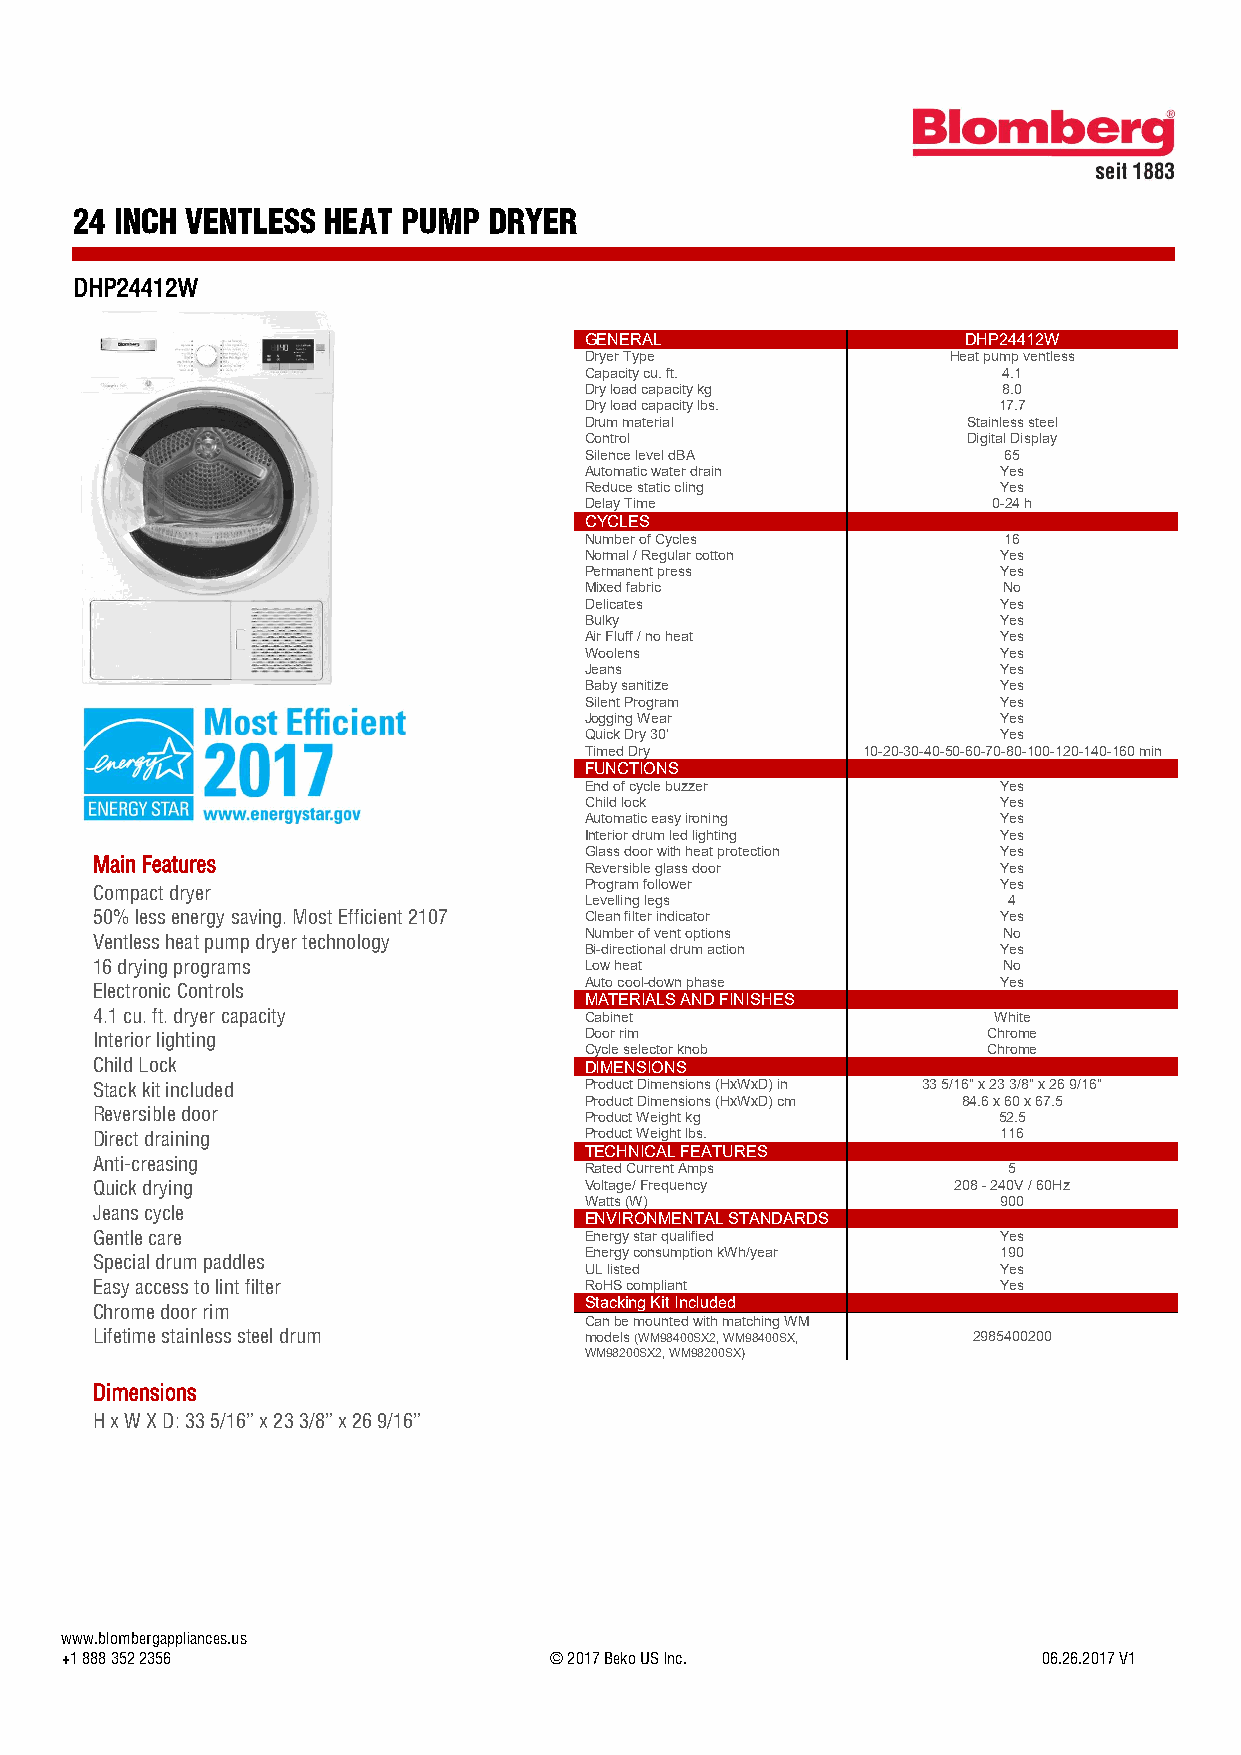
24 INCH VENTLESS HEAT PUMP DRYER
 DHP24412W
 GENERAL                  DHP24412W
 Dryer Type              Heat pump ventless
 Capacity cu. ft.           4.1
 Dry load capacity kg       8.0
 Dry load capacity lbs.     17.7
 Drum material            Stainless steel
 Control                  Digital Display
 Silence level dBA          65
 Automatic water drain      Yes
 Reduce static cling        Yes
 Delay Time                 0-24 h
 CYCLES
 Number of Cycles           16
 Normal / Regular cotton    Yes
 Permanent press            Yes
 Mixed fabric               No
 Delicates                  Yes
 Bulky                      Yes
 Air Fluff / no heat        Yes
 Woolens                    Yes
 Jeans                      Yes
 Baby sanitize              Yes
 Silent Program             Yes
 Jogging Wear               Yes
 Quick Dry 30'              Yes
 Timed Dry         10-20-30-40-50-60-70-80-100-120-140-160 min
 FUNCTIONS
 End of cycle buzzer        Yes
 Child lock                 Yes
 Automatic easy ironing     Yes
 Interior drum led lighting Yes
 Glass door with heat protection Yes
 Main Features                    Reversible glass door      Yes
 Compact dryer
 Program follower           Yes
 Levelling legs              4
 50% less energy saving. Most Efficient 2107 Clean filter indicator Yes
 Number of vent options     No
 Ventless heat pump dryer technology
 Bi-directional drum action Yes
 16 drying programs               Low heat                   No
 Auto cool-down phase       Yes
 Electronic Controls
 MATERIALS AND FINISHES
 4.1 cu. ft. dryer capacity       Cabinet                    White
 Door rim                  Chrome
 Interior lighting
 Cycle selector knob       Chrome
 Child Lock                       DIMENSIONS
 Stack kit included               Product Dimensions (HxWxD) in 33 5/16" x 23 3/8" x 26 9/16"
 Product Dimensions (HxWxD) cm 84.6 x 60 x 67.5
 Reversible door                  Product Weight kg          52.5
 Direct draining                  Product Weight lbs.        116
 TECHNICAL FEATURES
 Anti-creasing                    Rated Current Amps          5
 Quick drying                     Voltage/ Frequency      208 - 240V / 60Hz
 Watts (W)                  900
 Jeans cycle                      ENVIRONMENTAL STANDARDS
 Gentle care                      Energy star qualified      Yes
 Energy consumption kWh/year 190
 Special drum paddles
 UL listed                  Yes
 Easy access to lint filter       RoHS compliant             Yes
 Stacking Kit Included
 Chrome door rim
 Can be mounted with matching WM
 Lifetime stainless steel drum    models (WM98400SX2, WM98400SX, 2985400200
 WM98200SX2, WM98200SX)
 Dimensions
 H x W X D: 33 5/16” x 23 3/8” x 26 9/16”
 www.blombergappliances.us
 +1 888 352 2356                 © 2017 Beko US Inc.              06.26.2017 V1